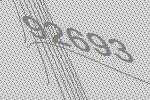
92693